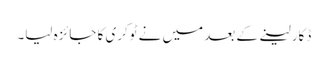
ڈکار لینے کے بعد میں نے ٹوکری کا جائزہ لیا۔